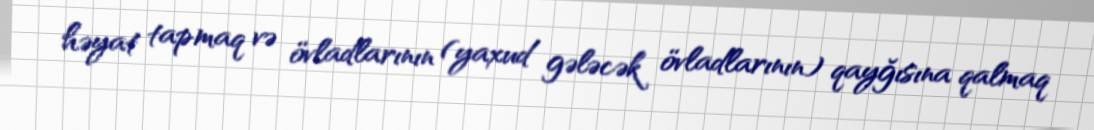
həyat tapmaq və övladlarının (yaxud gələcək övladlarının) qayğısına qalmaq